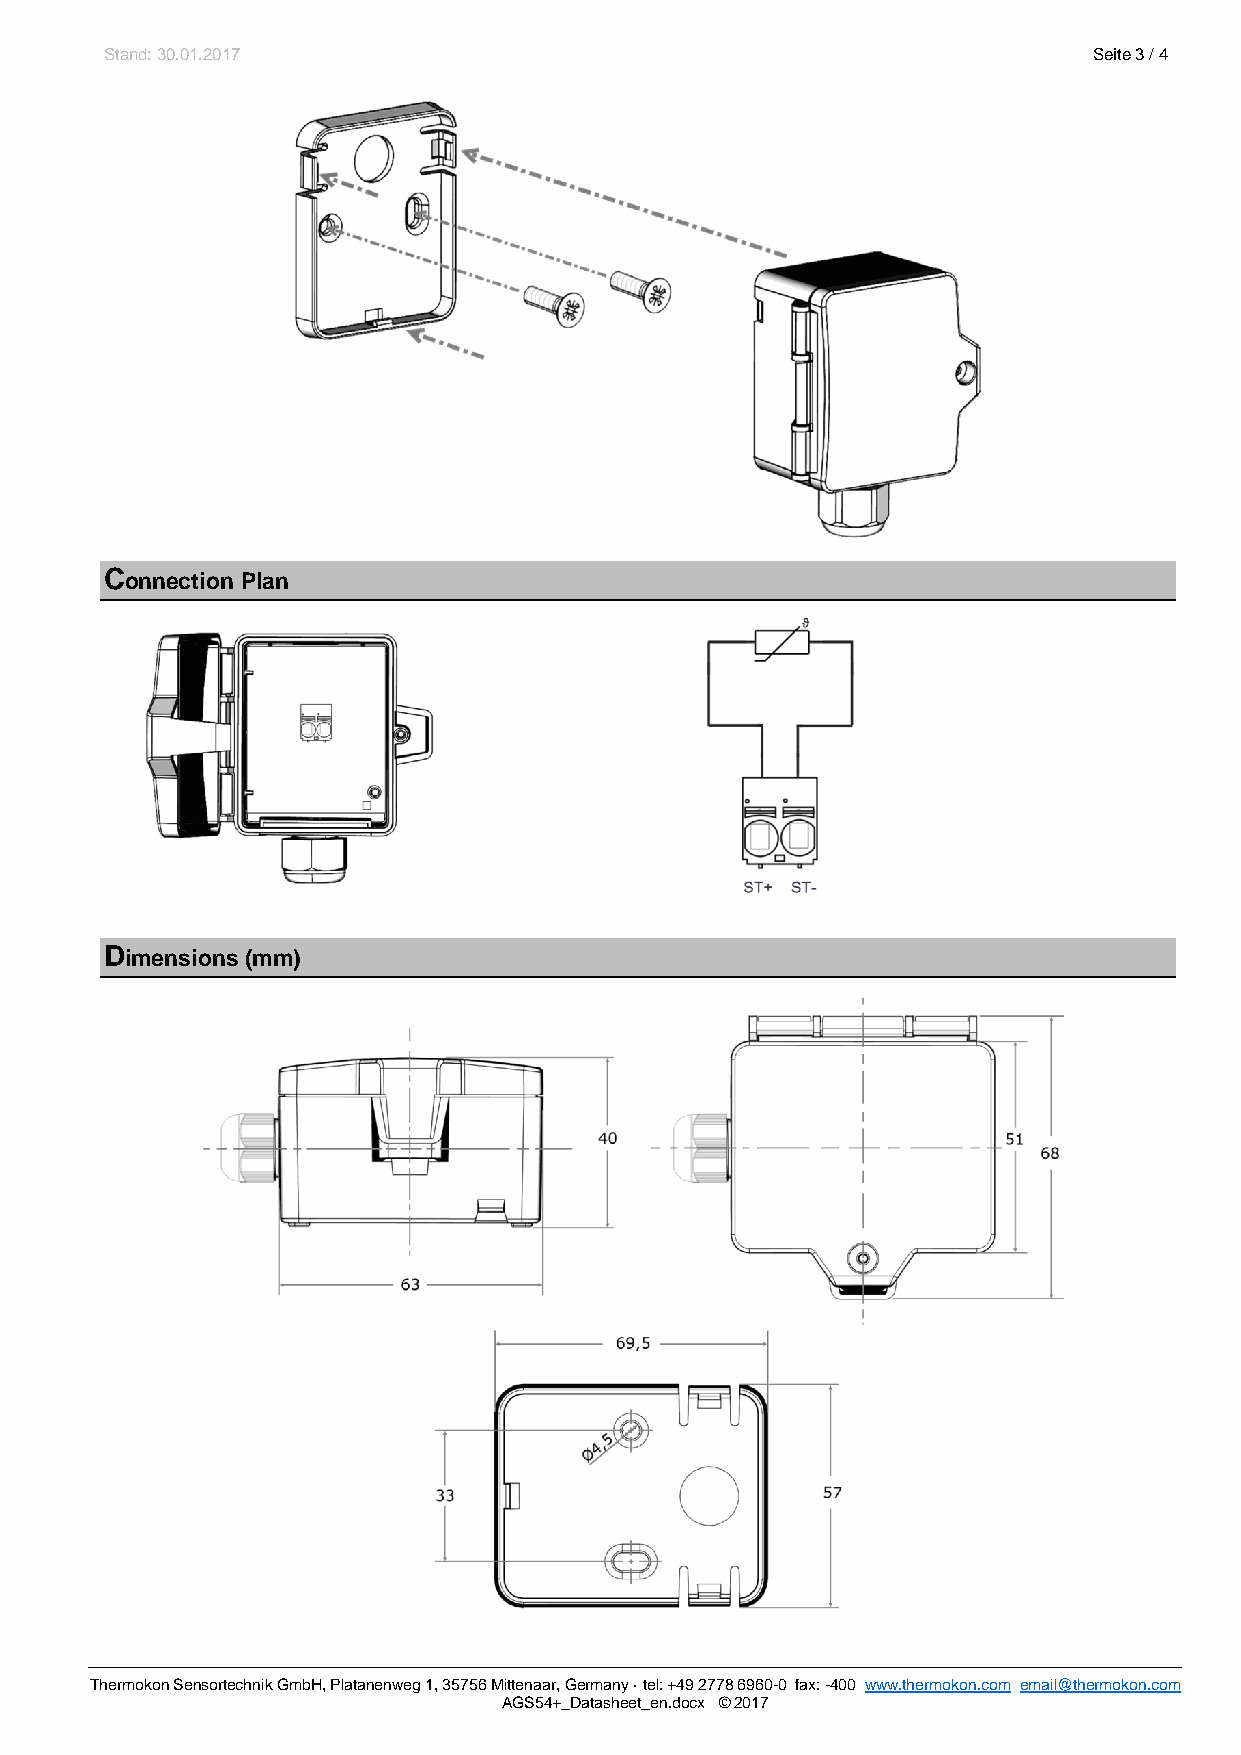
Stand: 30.01.2017                                                Seite 3 / 4
 Connection Plan
 Dimensions (mm)
 Thermokon Sensortechnik GmbH, Platanenweg 1, 35756 Mittenaar, Germany · tel: +49 2778 6960-0 fax: -400 www.thermokon.com email@thermokon.com
 AGS54+_Datasheet_en.docx © 2017